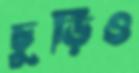
চুড়িও